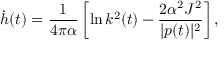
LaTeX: \dot { h } ( t ) = \frac { 1 } { 4 \pi \alpha } \left[ \ln k ^ { 2 } ( t ) - \frac { 2 \alpha ^ { 2 } J ^ { 2 } } { | p ( t ) | ^ { 2 } } \right] ,